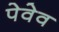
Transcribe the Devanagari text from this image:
पेवेव